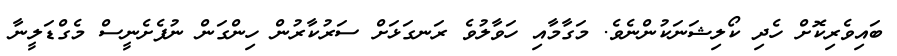
ބައިވެރިކޮށް ހެދި ކޯލިޝަނަކުންނެވެ. މަގާމާއި ހަވާލުވެ ރަނގަޅަށް ސަރުކާރުން ހިންގަން ނުފެށެނީސް މެގްޑަލީނާ